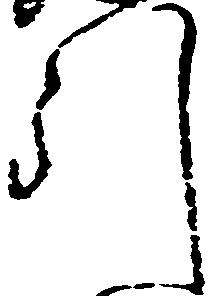
引